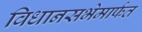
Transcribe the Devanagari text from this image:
विधानसभेमार्फत